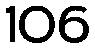
106